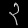
Digit: ၃